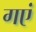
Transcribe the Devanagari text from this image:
गएं